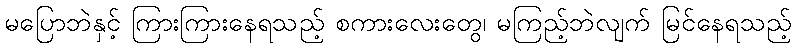
မပြောဘဲနှင့် ကြားကြားနေရသည့် စကားလေးတွေ၊ မကြည့်ဘဲလျက် မြင်နေရသည့်